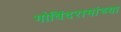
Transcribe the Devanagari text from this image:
गोविंदरामांच्या